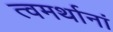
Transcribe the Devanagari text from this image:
त्वमर्थानां